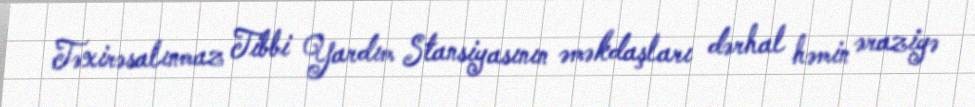
Təxirəsalınmaz Tibbi Yardım Stansiyasının əməkdaşları dərhal həmin əraziyə